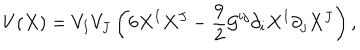
LaTeX: V ( X ) = V _ { I } V _ { J } \left( 6 X ^ { I } X ^ { J } - { \frac { 9 } { 2 } } { \cal G } ^ { i j } \partial _ { i } X ^ { I } \partial _ { j } X ^ { J } \right) ,